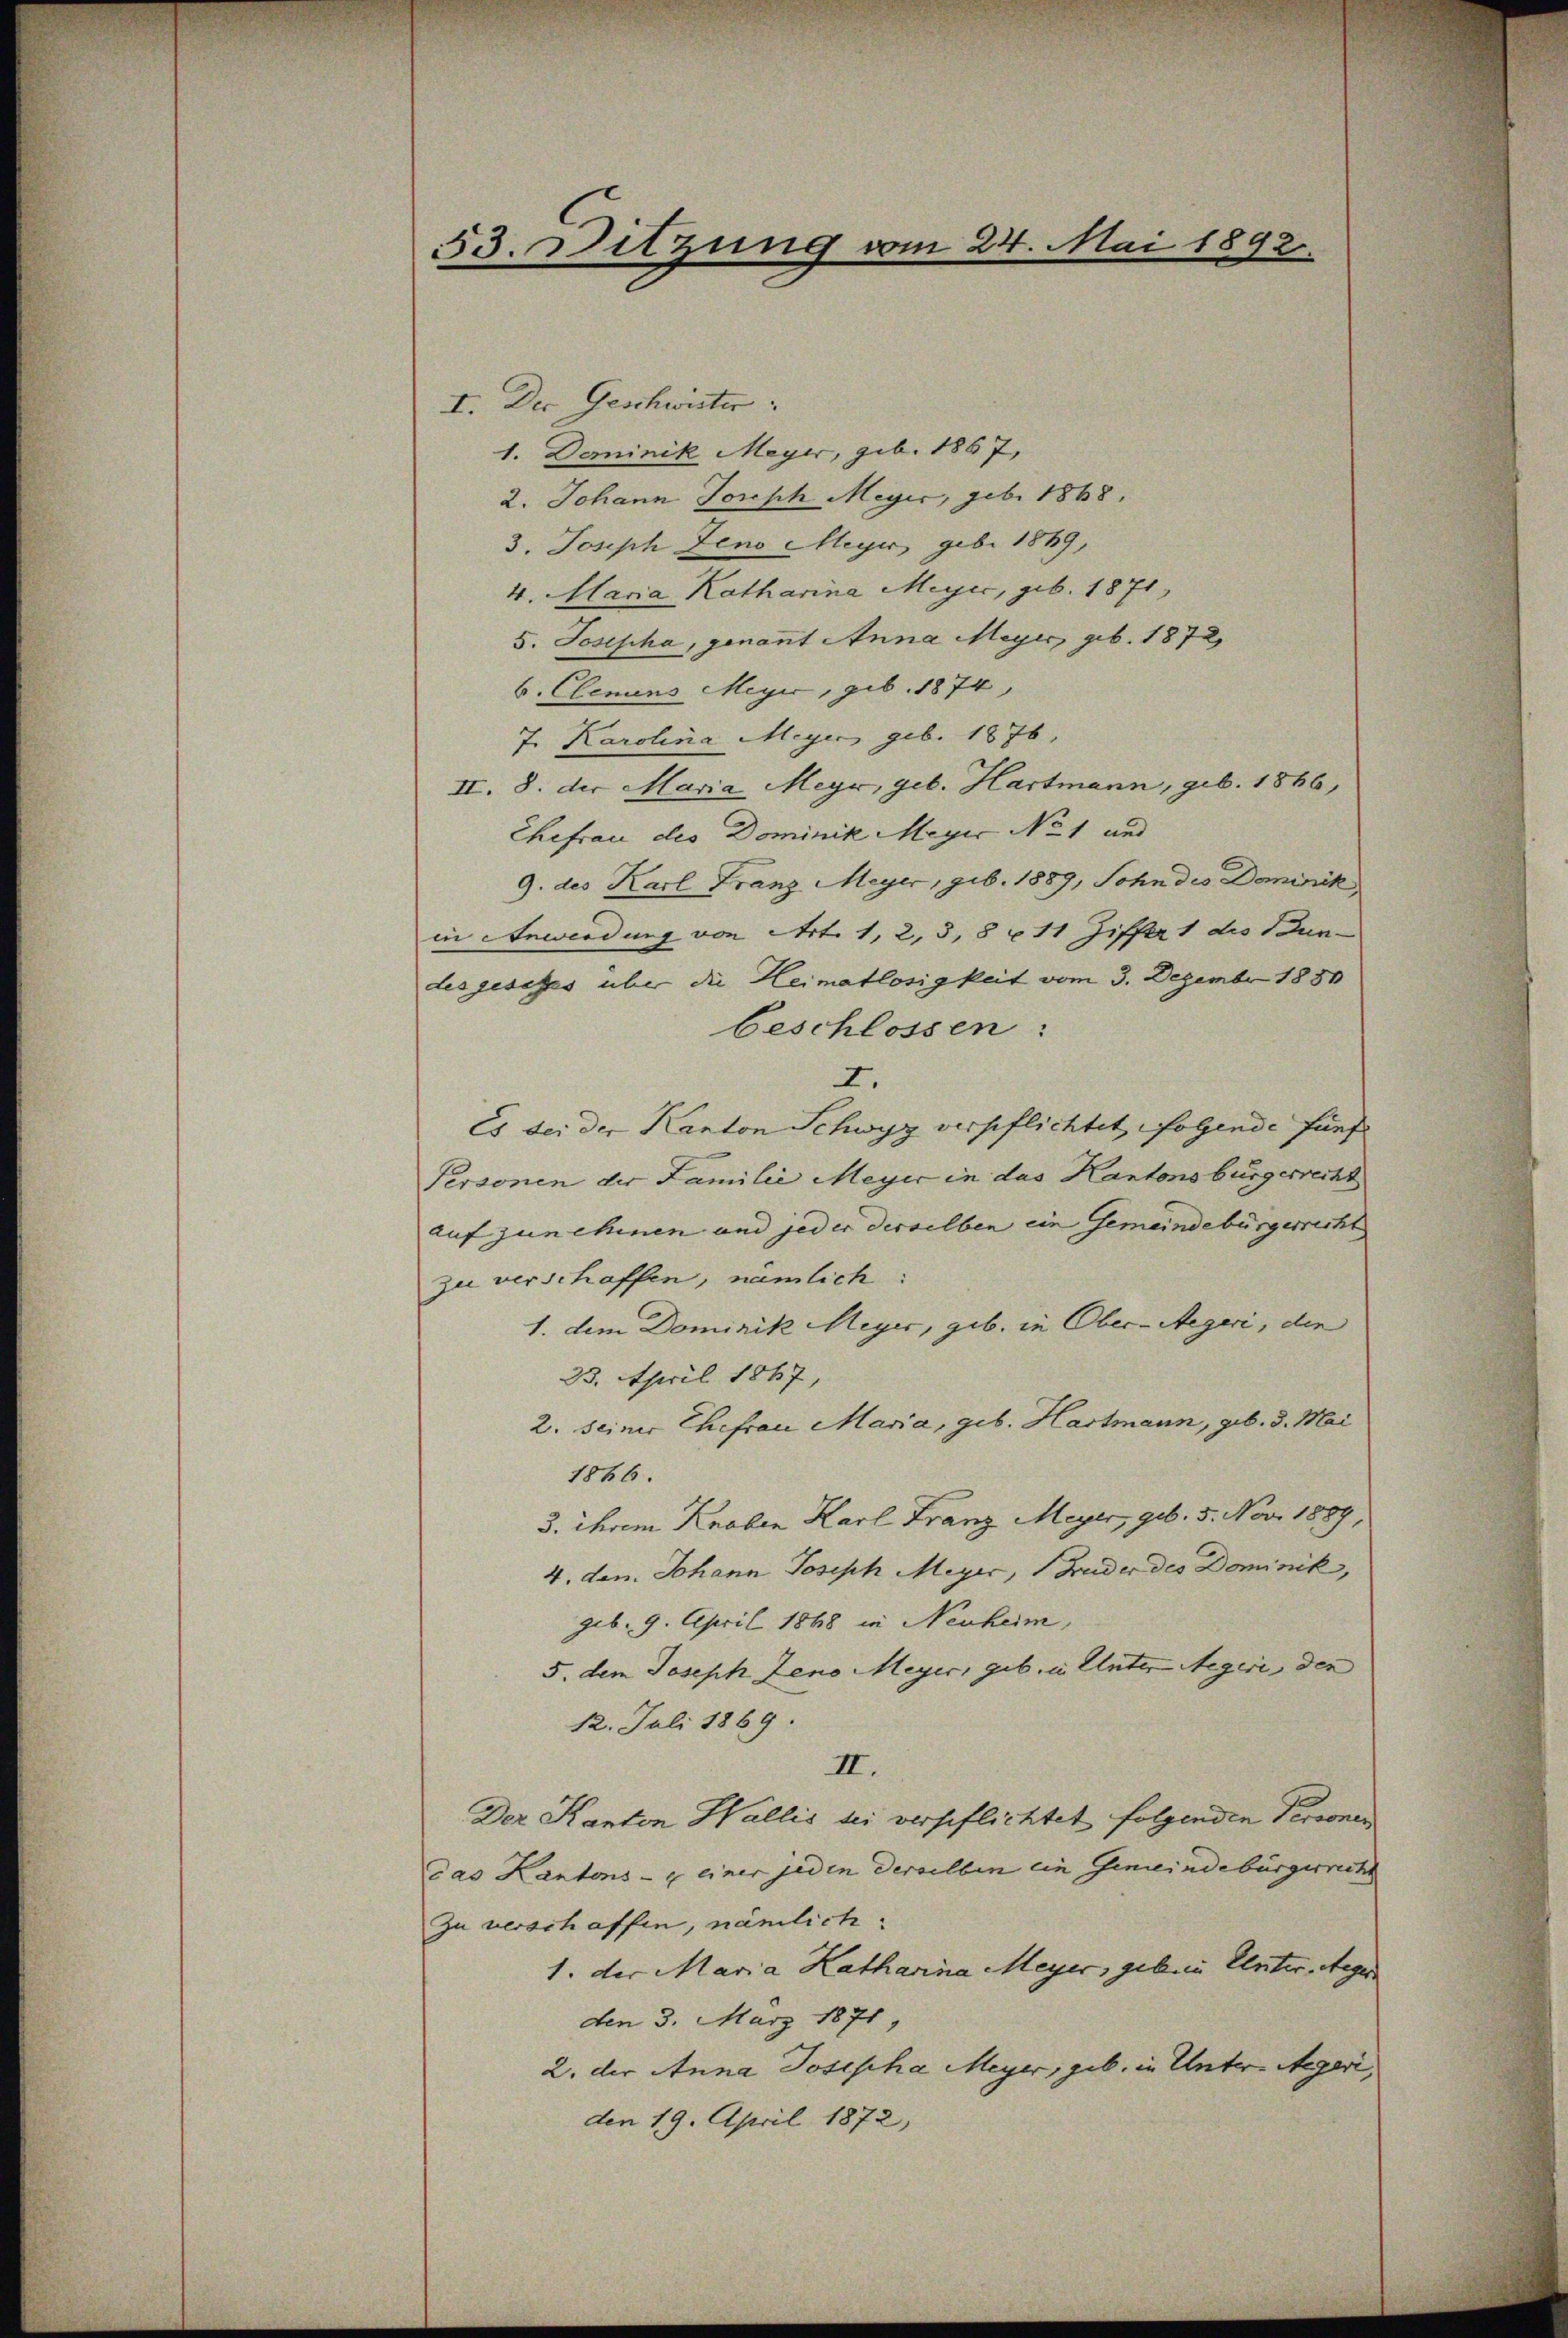
53. Sitzung vom 24. Mai 1892.

I. Der Geschwister
1. Deminik Meyer, geb. 1867,
2. Johann Joseph Meyer, Febr 1868.
3. Joseph Jena Meyer, geb. 1889,
4. Maria Katharina Meyer, geb. 1871
5. Josepha, genannt Anna Meyer, geb. 1872
6. Clemins Meyer, geb. 1874,
7. Karolina Meyer geb. 1876.
II. 8. der Maria Meyr, geb. Hartmann, geb. 1866,
Ehefrau des Dominik Meyer No 1 und
9. des Karl Franz Meyer, geb. 1889, Sohn des Dominik
in Anwendung von Art. 1, 2, 3, § 111 Ziffer 1 des Bun-
desgesetzes über die Heimatlosigkeit vom 3. Dezember 1880
beschlossen:
I.
Es sei der Kanton Schwyz verpflichtet, folgende fünf¬
Personen der Familie Meyer in das Kantonsbürgerrecht
aufzunehenen und jeder derselben ein Gemeindebürgerricht
zu verschaffen, nämlich:
1. dem Dominik Meyer, geb. in Ober-Aegeri, die
23. April 1867,
2. seiner Ehefrau Maria, geb. Hartmann, geb. 3. Mai
1866.
3. ihrem Knaben Karl Franz Meyer, geb. 5. Nov. 1889,
4. den Johann Joseph Meyer, Bruder des Dominik,
geb. 9. April 1868 in Neuheim,
5. dem Joseph Leno Meyer, geb. in Unter Aegeri, den
12. Juli 1869.
II.
Der Kanton Wallis bei verpflichtet folgenden Personen
das Kantons - einer jeden derselben ein Gemeindebürgerrecht
Zu verschaffen, nämlich.
1. der Maria Katharina Meyer, geben Unter, Segen
den 3. März 1871,
2. der Anna Josepha Meyer, geb. in Unter-Aegeri,
den 19. April 1872,